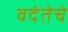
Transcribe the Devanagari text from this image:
वदंतेचे